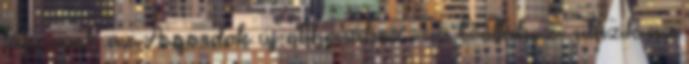
tábornok az Asgardok új otthonához -az Orillához- utazik az